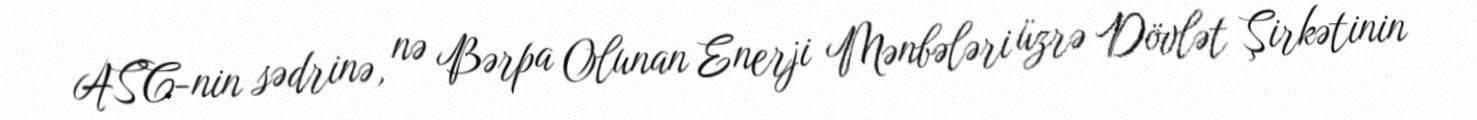
ASC-nin sədrinə, nə Bərpa Olunan Enerji Mənbələri üzrə Dövlət Şirkətinin